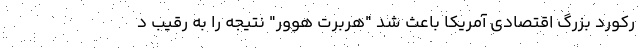
رکورد بزرگ اقتصادی آمریکا باعث شد "هربرت هوور" نتیجه را به رقیب د